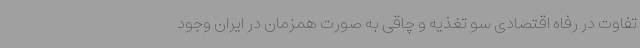
تفاوت در رفاه اقتصادی سو تغذیه و چاقی به صورت همزمان در ایران وجود